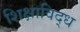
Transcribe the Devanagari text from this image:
शिक्षाविद्ध